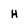
Character: H